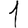
Digit: 1